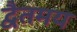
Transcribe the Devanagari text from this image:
द्वैतमय